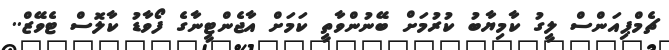
ޗެމްޕިއަންސް ލީގު ކާމިޔާބު ކުރުމަށް ބޭނުންވާތީ ކަމަށް އާޖެންޓީނާގެ ފޯވާޑު ކާލޮސް ޓެވޭޒް..